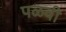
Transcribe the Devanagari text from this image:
पळवी